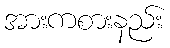
အားကစားနည်း